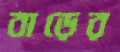
বাড়ের